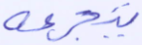
يتجرعه